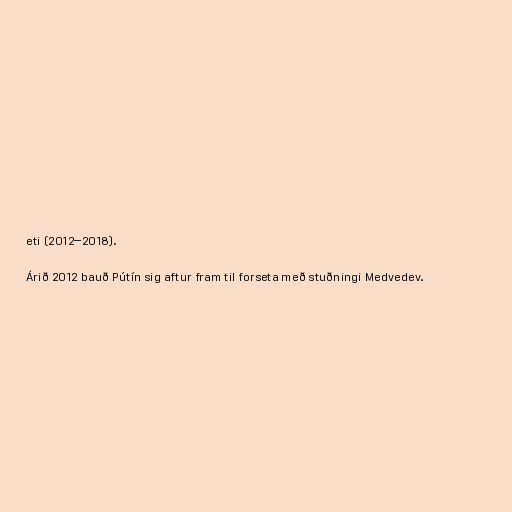
eti (2012–2018).

Árið 2012 bauð Pútín sig aftur fram til forseta með stuðningi Medvedev.